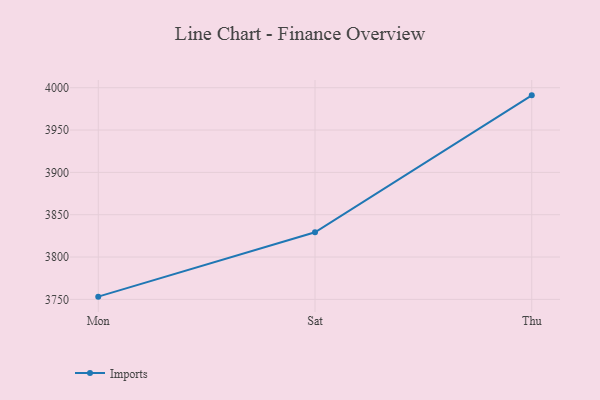
{"axis": {"x": "Day", "y": "Tickets Resolved"}, "legend": ["Imports"], "data": [{"x": "Mon", "y": 3753.2, "type": "Imports"}, {"x": "Sat", "y": 3829.2, "type": "Imports"}, {"x": "Thu", "y": 3991.0, "type": "Imports"}]}